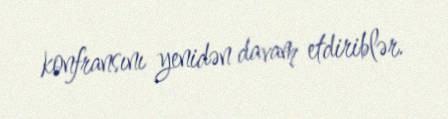
konfransını yenidən davam etdiriblər.